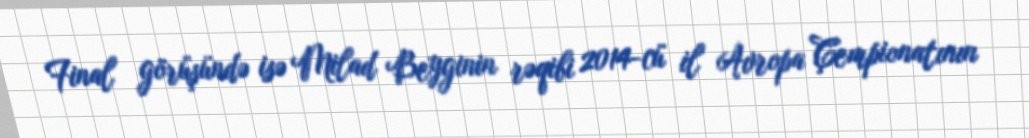
Final görüşündə isə Milad Beyginin rəqibi 2014-cü il Avropa Çempionatının